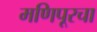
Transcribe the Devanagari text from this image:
मणिपूरचा